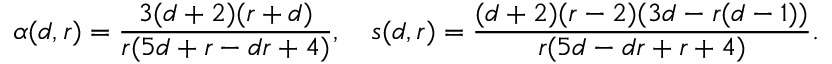
\alpha ( d , r ) = \frac { 3 ( d + 2 ) ( r + d ) } { r ( 5 d + r - d r + 4 ) } , \ \ \ s ( d , r ) = \frac { ( d + 2 ) ( r - 2 ) ( 3 d - r ( d - 1 ) ) } { r ( 5 d - d r + r + 4 ) } .